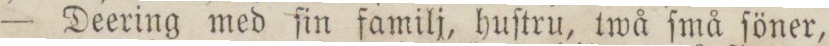
— Deering med ſin familj, huſtru, twå ſmå ſoner,